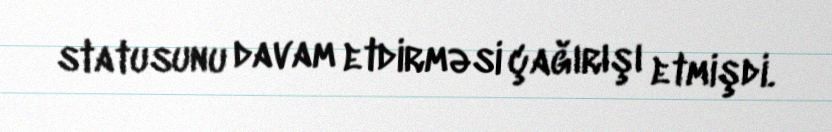
statusunu davam etdirməsi çağırışı etmişdi.